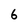
Character: 6